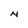
Character: N